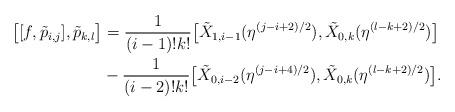
LaTeX: \begin{align*}\big[[f, \tilde{p}_{i, j}], \tilde{p}_{k, l}\big] & = \frac{1}{(i - 1)!k!}\big[\tilde{X}_{1, i - 1}(\eta^{(j - i + 2)/2}), \tilde{X}_{0, k}(\eta^{(l - k + 2)/2})\big] \\& - \frac{1}{(i - 2)!k!}\big[\tilde{X}_{0, i - 2}(\eta^{(j - i + 4)/2}), \tilde{X}_{0, k}(\eta^{(l - k + 2)/2})\big].\end{align*}